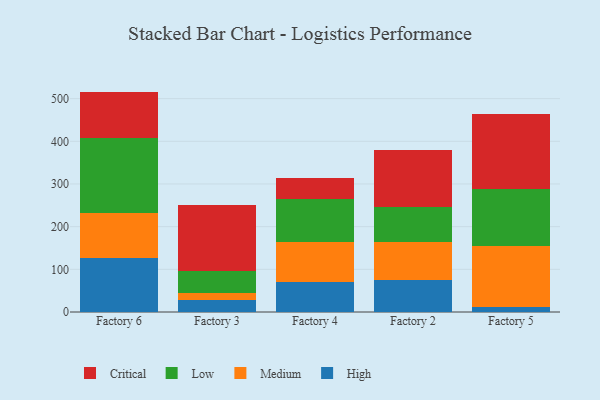
{"axis": {"x": "Factory", "y": "Website Visitors"}, "legend": ["Critical", "High", "Low", "Medium"], "data": [{"x": "Factory 6", "y": 127.4, "type": "High"}, {"x": "Factory 6", "y": 103.6, "type": "Medium"}, {"x": "Factory 6", "y": 176.8, "type": "Low"}, {"x": "Factory 6", "y": 108.7, "type": "Critical"}, {"x": "Factory 3", "y": 29.3, "type": "High"}, {"x": "Factory 3", "y": 16.3, "type": "Medium"}, {"x": "Factory 3", "y": 50.9, "type": "Low"}, {"x": "Factory 3", "y": 155.1, "type": "Critical"}, {"x": "Factory 4", "y": 70.7, "type": "High"}, {"x": "Factory 4", "y": 93.6, "type": "Medium"}, {"x": "Factory 4", "y": 99.7, "type": "Low"}, {"x": "Factory 4", "y": 50.1, "type": "Critical"}, {"x": "Factory 2", "y": 75.8, "type": "High"}, {"x": "Factory 2", "y": 88.0, "type": "Medium"}, {"x": "Factory 2", "y": 83.4, "type": "Low"}, {"x": "Factory 2", "y": 132.0, "type": "Critical"}, {"x": "Factory 5", "y": 11.3, "type": "High"}, {"x": "Factory 5", "y": 142.7, "type": "Medium"}, {"x": "Factory 5", "y": 133.5, "type": "Low"}, {"x": "Factory 5", "y": 175.9, "type": "Critical"}]}